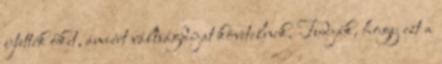
ejtették őket, amiért váltságdíjat követelnek. Tudják, hogy ezt a